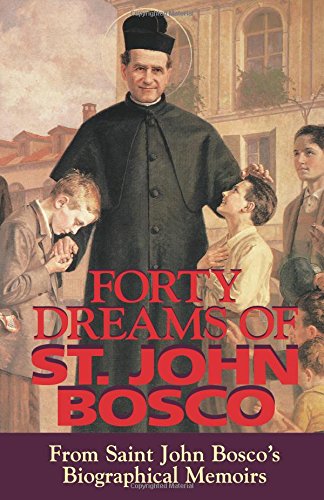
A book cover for Forty Dreams Of St. John Bosco: From St. John Bosco's Biographical Memoirs; St. John Bosco; Christian Books & Bibles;